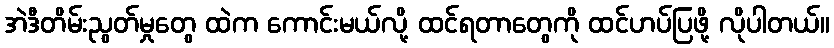
အဲဒီတိမ်းညွတ်မှုတွေ ထဲက ကောင်းမယ်လို့ ထင်ရတာတွေကို ထင်ဟပ်ပြဖို့ လိုပါတယ်။